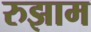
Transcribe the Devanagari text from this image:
रुझाम